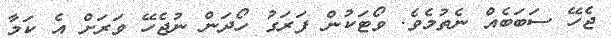
ޖެހޭ ސަބަބެއް ނެތުމެވެ. ވޯޓަކުން ފަރަގު ހޯދަން ނުޖެހޭ ވަރަށް އެ ކަމާ